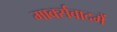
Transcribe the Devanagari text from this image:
मार्क्सवादमें